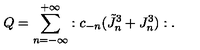
Q = { \sum _ { n = - \infty } ^ { + \infty } } : c _ { - n } ( \tilde { J } _ { n } ^ { 3 } + J _ { n } ^ { 3 } ) : .